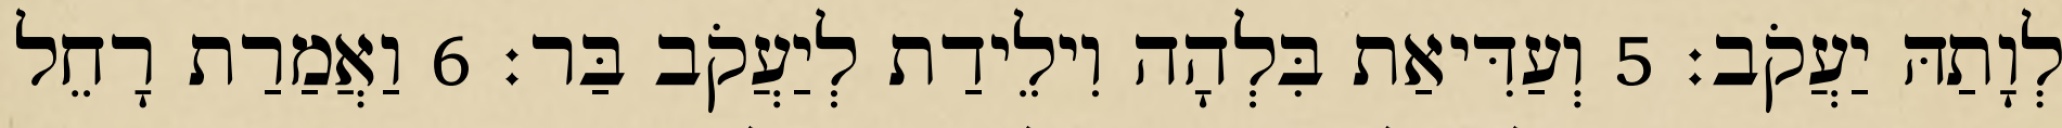
לְוָתַהּ יַעֲקֹב׃ 5 וְעַדִּיאַת בִּלְהָה וִילֵידַת לְיַעֲקֹב בַּר׃ 6 וַאֲמַרַת רָחֵל